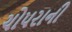
ચોપરાની